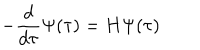
- { \frac { d } { d \tau } } \Psi ( \tau ) = H \Psi ( \tau )